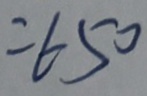
= 6 5 0